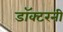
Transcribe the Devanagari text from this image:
डॉक्टरनी